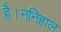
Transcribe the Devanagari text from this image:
है।ननिहाल